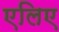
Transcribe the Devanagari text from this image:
एलिए